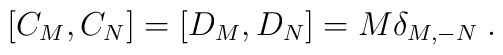
\left[C_M,C_N\right] = \left[D_M,D_N\right] = M\delta_{M,-N}\; .